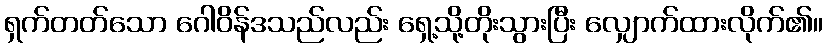
ရှက်တတ်သော ဂေါဝိန်ဒသည်လည်း ရှေ့သို့တိုးသွားပြီး လျှောက်ထားလိုက်၏။